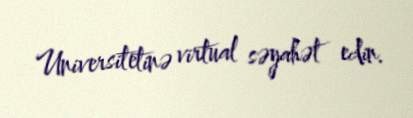
Universitetinə virtual səyahət edin.